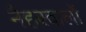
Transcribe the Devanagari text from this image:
नैहरवालों